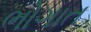
ભોગાત